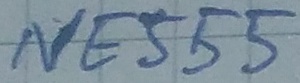
Text: NE555